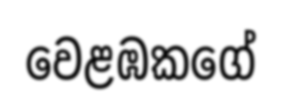
වෙළඹකගේ